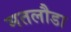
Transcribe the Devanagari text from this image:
मतलौडा